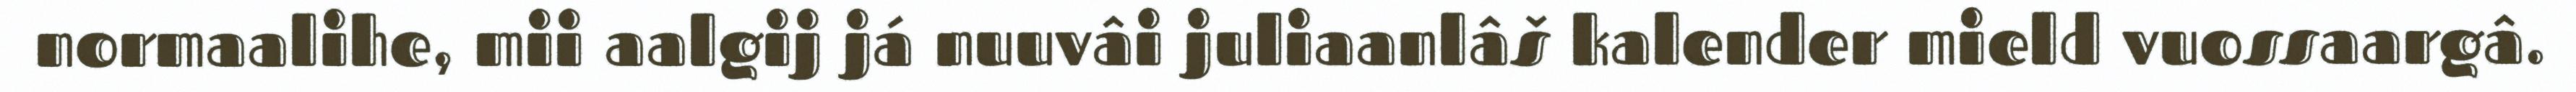
normaalihe, mii aalgij já nuuvâi juliaanlâš kalender mield vuossaargâ.